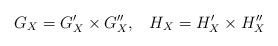
LaTeX: \begin{align*}\displaystyle G_X=G'_X\times G''_X,\;\;\; H_X=H'_X\times H''_X\end{align*}